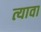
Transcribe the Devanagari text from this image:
त्यावा